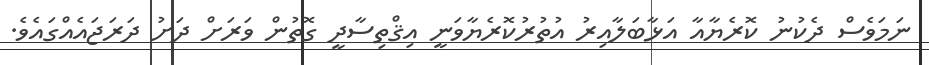
ނަމަވެސް ދެކުނު ކޮރެޔާއާ އަޅާބަލާއިރު އުތުރުކޮރެޔާވަނީ އިޤްތިސާދީ ގޮތުން ވަރަށް ދަށު ދަރަޖައެއްގައެވެ.